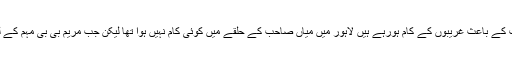
آصف علی زرداری نے کہا کہ میں خوش ہوں کہ ضمنی انتخاب کے باعث غریبوں کے کام ہورہے ہیں لاہور میں میاں صاحب کے حلقے میں کوئی کام نہیں ہوا تھا لیکن جب مریم بی بی مہم کے لیے نکلیں تو سڑکیں بھی بنیں اور لوگوں کو ملازمتیں بھی ملی۔